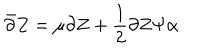
\bar { \partial } Z = \mu \partial Z + \frac { 1 } { 2 } \partial Z \Psi \alpha